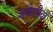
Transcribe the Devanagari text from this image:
अंग्रेज़ीदाँ